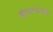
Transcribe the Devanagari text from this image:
स्त्रीदास्यंताची